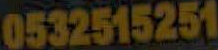
0532515251